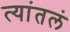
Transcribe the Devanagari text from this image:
त्यांतलं